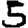
Digit: 5